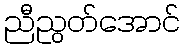
ညီညွတ်အောင်